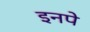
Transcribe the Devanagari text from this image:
इनपे